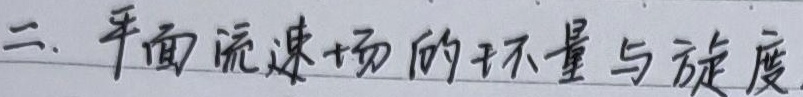
二. 平面流速场的环量与旋度